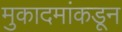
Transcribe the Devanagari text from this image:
मुकादमांकडून